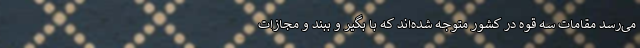
می‌رسد مقامات سه قوه در کشور متوجه شده‌اند که با بگیر و ببند و مجازات